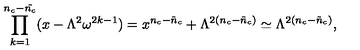
\prod _ { k = 1 } ^ { n _ { c } - \tilde { n _ { c } } } ( x - \Lambda ^ { 2 } \omega ^ { 2 k - 1 } ) = x ^ { n _ { c } - \tilde { n } _ { c } } + \Lambda ^ { 2 ( n _ { c } - \tilde { n } _ { c } ) } \simeq \Lambda ^ { 2 ( n _ { c } - \tilde { n } _ { c } ) } ,